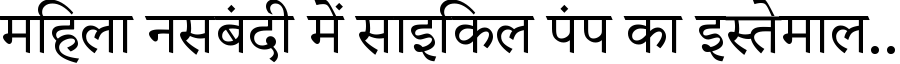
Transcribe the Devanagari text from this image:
महिला नसबंदी में साइकिल पंप का इस्तेमाल..